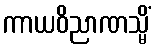
ကာယဝိညာဏသ္မိံ